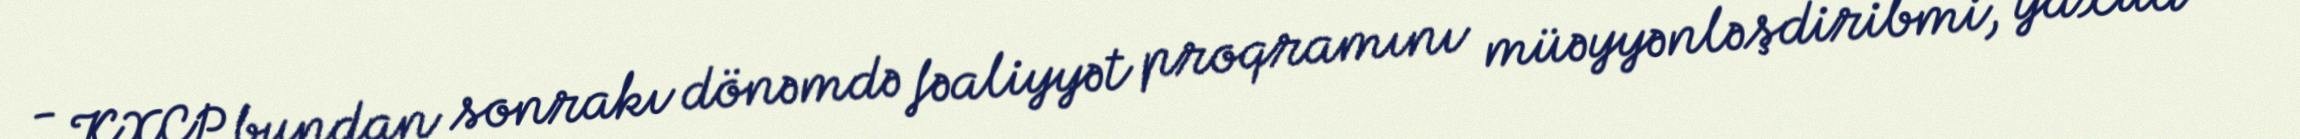
- KXCP bundan sonrakı dönəmdə fəaliyyət proqramını müəyyənləşdiribmi, yaxud nə